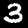
Label: 3